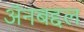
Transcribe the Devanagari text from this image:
अॅनबद्दल